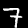
Label: 7